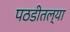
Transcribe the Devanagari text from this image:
पठडीतल्या